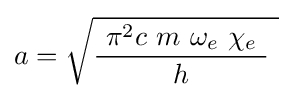
a={\sqrt {{\frac {\ \pi ^{2}c\ m\ \omega _{e}\ \chi _{e}\ }{h}}\ }}